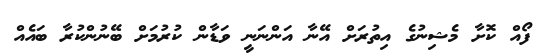
ފޯއް ކޮށާ މެޝިނުގެ އިތުރަށް އޭނާ އަންނަނީ ވަޑާން ކުރުމަށް ބޭނުންކުރާ ބައެއް